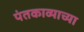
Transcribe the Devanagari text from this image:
पंतकाव्याच्या